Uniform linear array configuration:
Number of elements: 8
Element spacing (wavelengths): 0.75
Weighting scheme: exponential
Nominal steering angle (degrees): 45
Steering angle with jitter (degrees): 43.246
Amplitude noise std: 0.05
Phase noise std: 0.05

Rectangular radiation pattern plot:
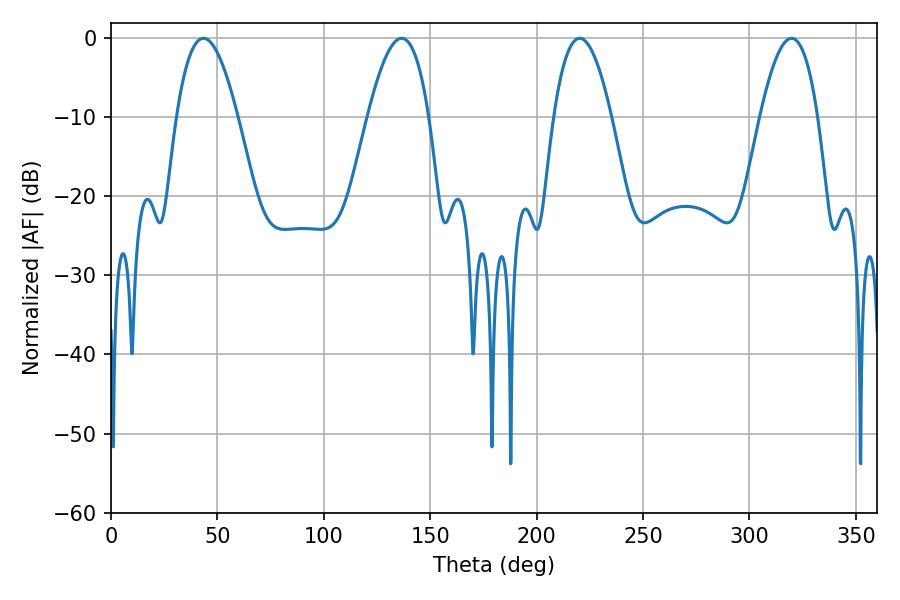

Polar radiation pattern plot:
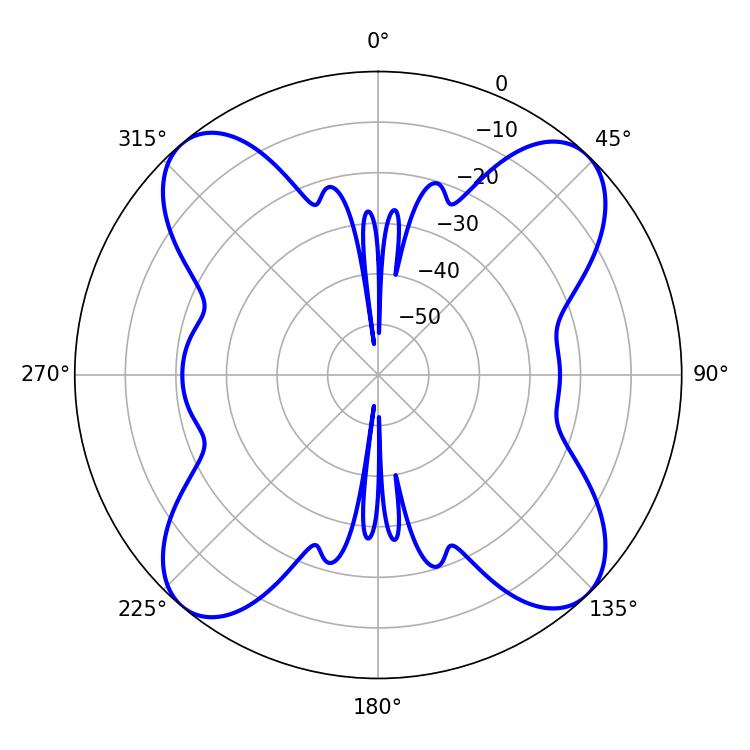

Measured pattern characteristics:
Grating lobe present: TRUE
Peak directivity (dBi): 16.443
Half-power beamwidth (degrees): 15.66
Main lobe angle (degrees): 43.38